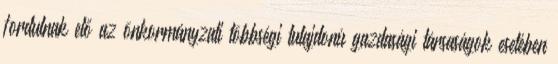
fordulnak elő az önkormányzati többségi tulajdonú gazdasági társaságok esetében